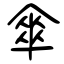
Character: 傘